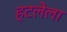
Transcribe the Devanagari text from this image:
हटलेला